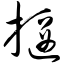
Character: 揠